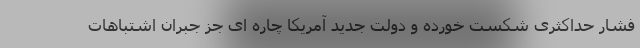
فشار حداکثری شکست خورده و دولت جدید آمریکا چاره ای جز جبران اشتباهات